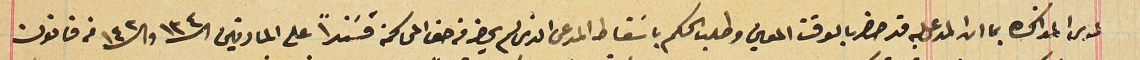
لدى المذاكره بما ان المدعى عليه قد حضر بالوقت المعين وطلب الحكم باسَقاط المدعى الذى لم يحضر من حق المحاكمة فسَنداً على المادتين الـ ١٣٤ والـ ١٤٢ من قانون